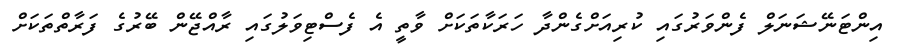
އިންޓަނޭޝަނަލް ފެންވަރުގައި ކުރިއަށްގެންދާ ހަރަކާތަކަށް ވާތީ އެ ފެސްޓިވަލުގައި ރާއްޖޭން ބޭރުގެ ފަރާތްތަކަށް